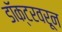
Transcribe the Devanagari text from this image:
डॉक्टरवरून